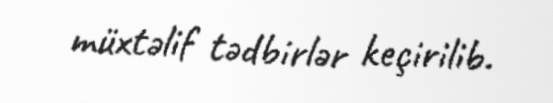
müxtəlif tədbirlər keçirilib.